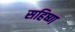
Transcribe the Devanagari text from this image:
सहिष्ण